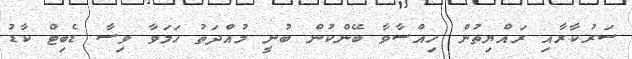
ސަރުކާރާއި ރައްޔިތުން ހިއްސާވާ ބޭންކުން ބުނީ މުއްދަތު ހަމަވާ ވިސާ ޑެބިޓް ކާޑު